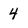
Character: 4